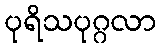
ပုရိသပုဂ္ဂလာ